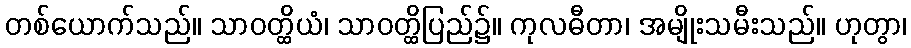
တစ်ယောက်သည်။ သာဝတ္ထိယံ၊ သာဝတ္ထိပြည်၌။ ကုလဓီတာ၊ အမျိုးသမီးသည်။ ဟုတွာ၊